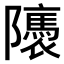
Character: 𨽖